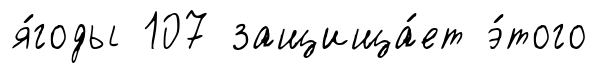
я́годы 107 защища́ет э́того